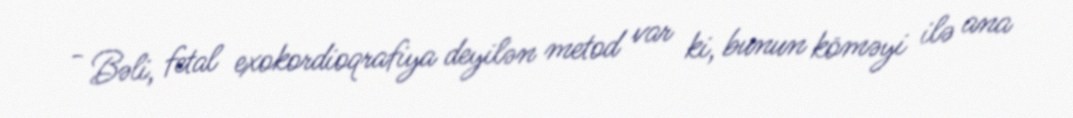
- Bəli, fetal exokordioqrafiya deyilən metod var ki, bunun köməyi ilə ana